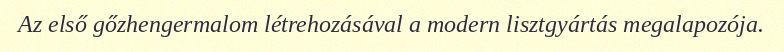
Az első gőzhengermalom létrehozásával a modern lisztgyártás megalapozója.